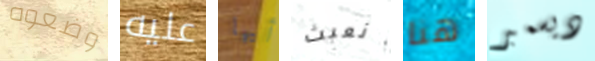
وضعوه عليه أيها نعبث هنا ديسمبر